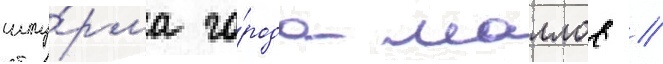
шту́рма го́рода маллов /